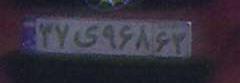
۳۷ی۹۶۸۶۳